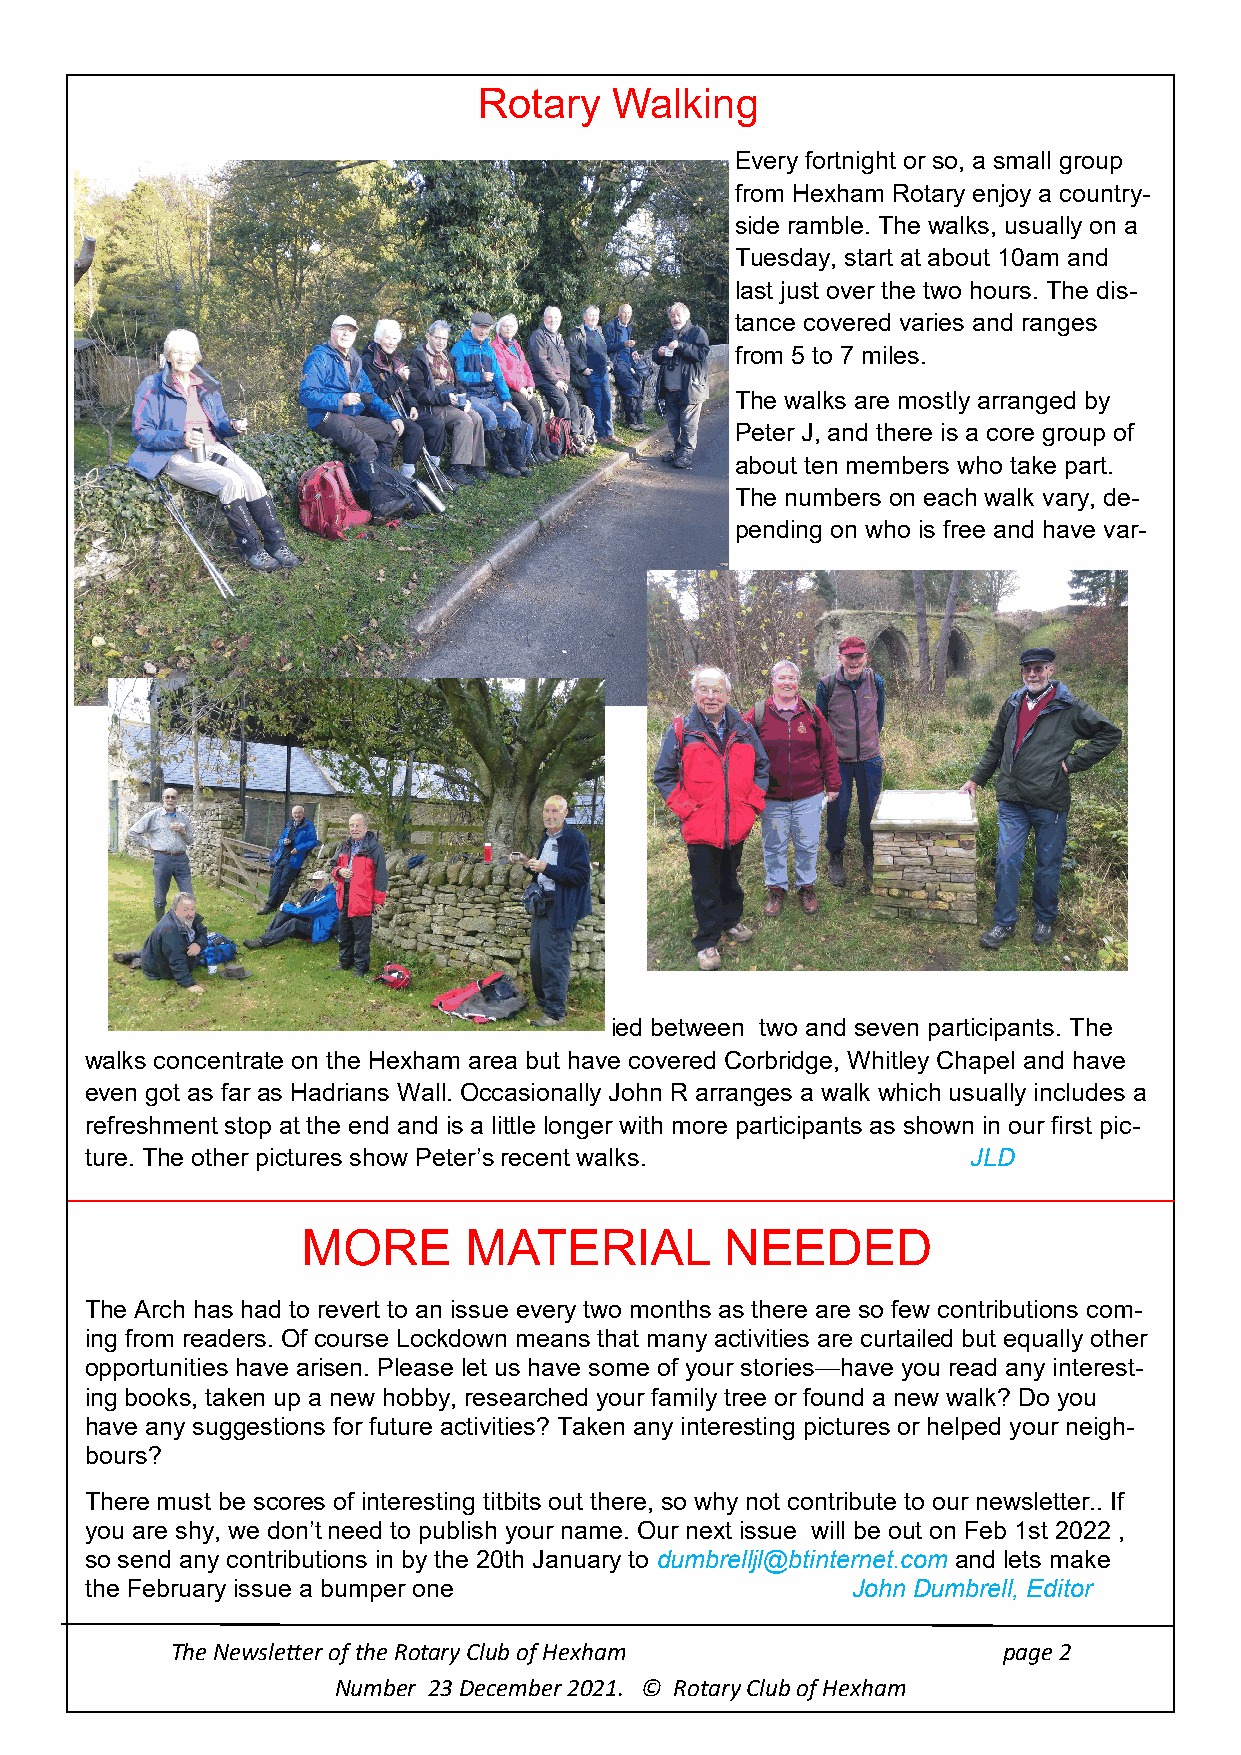
Rotary   Walking
 Every fortnight or so, a small group
 from Hexham Rotary enjoy a country-
 side ramble. The walks, usually on a
 Tuesday, start at about 10am and
 last just over the two hours. The dis-
 tance covered varies and ranges
 from 5 to 7 miles.
 The walks are mostly arranged by
 Peter J, and there is a core group of
 about ten members who take part.
 The numbers on each walk vary, de-
 pending on who is free and have var-
 ied between two and seven participants. The
 walks concentrate on the Hexham area but have covered Corbridge, Whitley Chapel and have
 even got as far as Hadrians Wall. Occasionally John R arranges a walk which usually includes a
 refreshment stop at the end and is a little longer with more participants as shown in our first pic-
 ture. The other pictures show Peter’s recent walks.       JLD
 MORE       MATERIAL         NEEDED
 The Arch has had to revert to an issue every two months as there are so few contributions com-
 ing from readers. Of course Lockdown means that many activities are curtailed but equally other
 opportunities have arisen. Please let us have some of your stories—have you read any interest-
 ing books, taken up a new hobby, researched your family tree or found a new walk? Do you
 have any suggestions for future activities? Taken any interesting pictures or helped your neigh-
 bours?
 There must be scores of interesting titbits out there, so why not contribute to our newsletter.. If
 you are shy, we don’t need to publish your name. Our next issue will be out on Feb 1st 2022 ,
 so send any contributions in by the 20th January to dumbrelljl@btinternet.com and lets make
 the February issue a bumper one                   John Dumbrell, Editor
 The Newsletter of the Rotary Club of Hexham            page 2
 Number 23 December 2021. © Rotary Club of Hexham